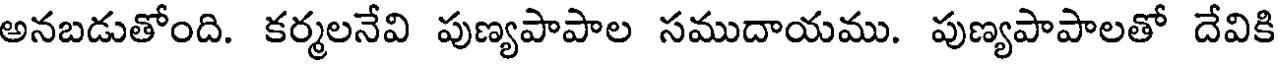
అనబడుతోంది. కర్మలనేవి పుణ్యపాపాల సముదాయము. పుణ్యపాపాలతో దేవికి